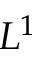
L ^ { 1 }